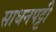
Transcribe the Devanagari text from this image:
साधनपट्टी